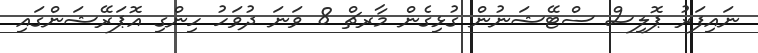
ނައިފަރު ޕޮލިސް ސްޓޭޝަނުން ގުޅިގެން މާރޗް 8 ވަނަ ދުވަހު ހިންގި އޮޕަރޭޝަންގައި